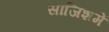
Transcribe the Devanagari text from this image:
साजिशमें